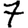
Digit: 7